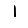
Digit: 1